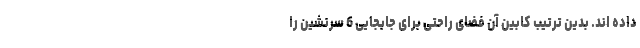
داده اند. بدین ترتیب کابین آن فضای راحتی برای جابجایی 6 سرنشین را